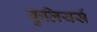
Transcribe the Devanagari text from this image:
कुलियर्स